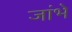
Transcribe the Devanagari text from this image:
जांभे